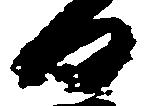
日